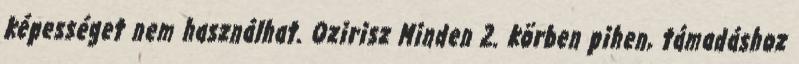
képességet nem használhat. Ozirisz Minden 2. körben pihen, támadáshoz